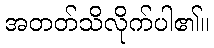
အတတ်သိလိုက်ပါ၏။